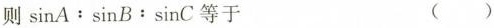
则 sinA﹔sin B:sinC 等于 ( )